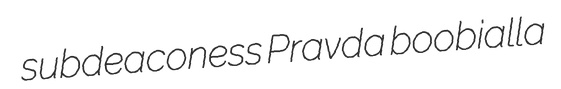
subdeaconess Pravda boobialla